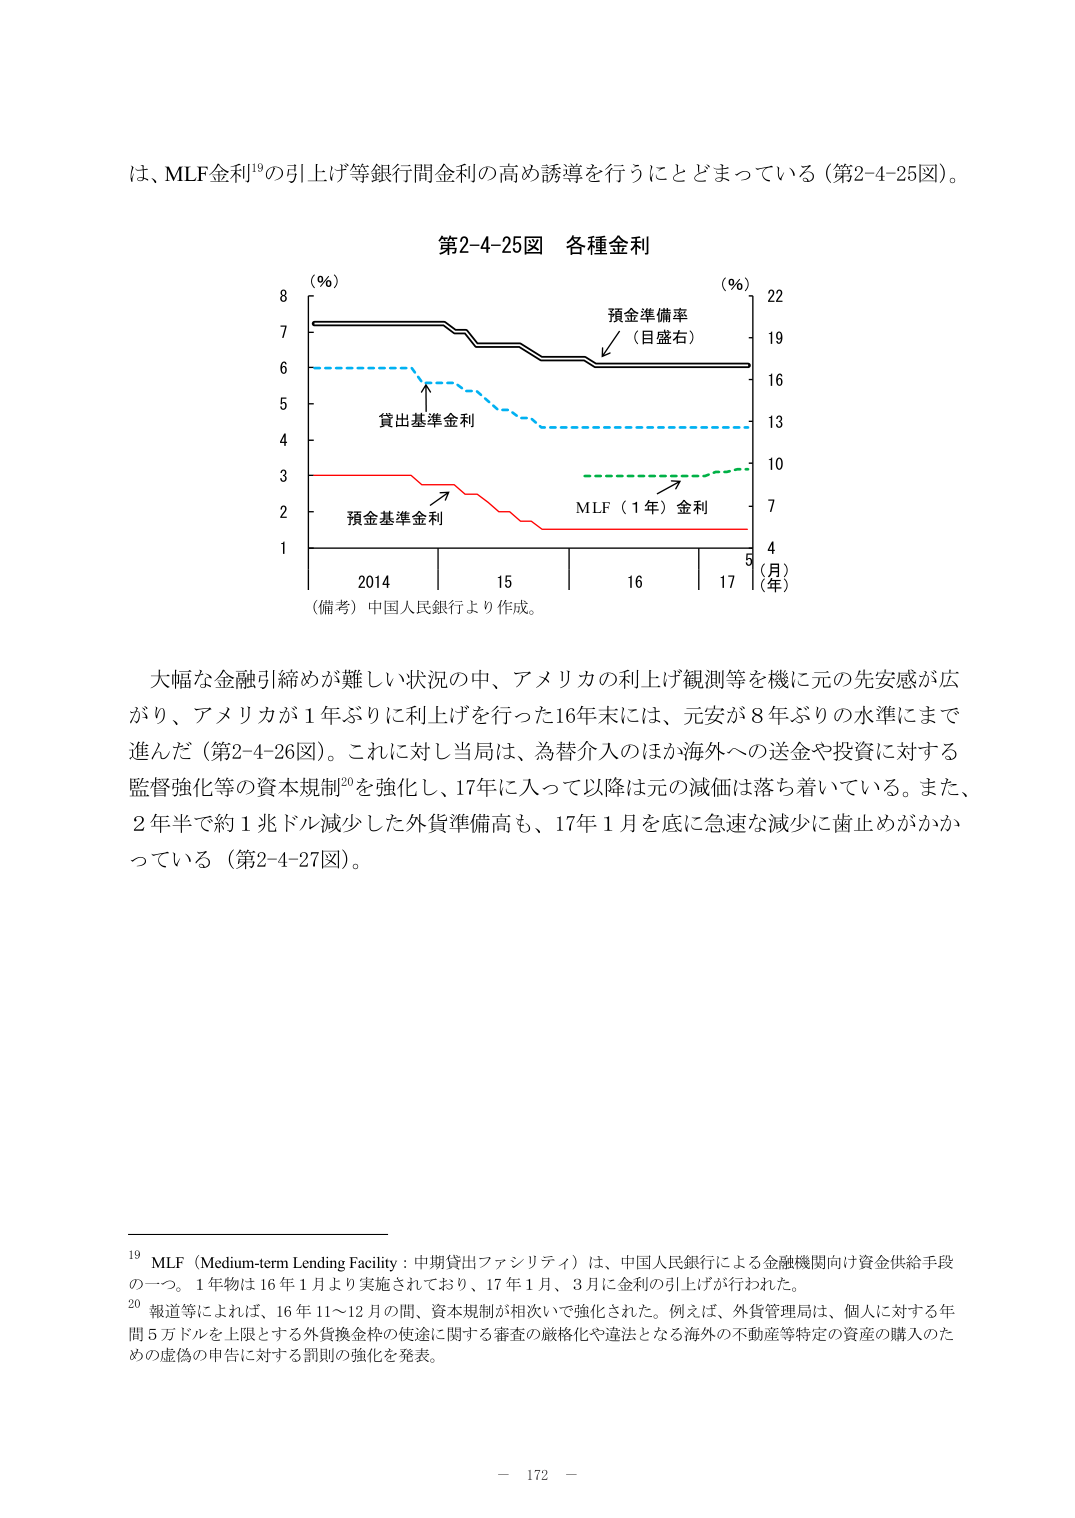
は、MLF金利¹⁹の引上げ等銀行間金利の高め誘導を行うにとどまっている（第2-4-25図）。

第2-4-25図 各種金利

（％）　　　　　　　　　　　　　　　　　　　　　　（％）
8　　　　　　　　　　　　　　　　　　　　　　　　22
　　　　　　　　　　　　　　　　　　　　　　　　19
　　　　　　　　　　　　　　　　　　　　　　　　16
　　　　　　　　　　　　　　　　　　　　　　　　13
　　　　　　　　　　　　　　　　　　　　　　　　10
　　　　　　　　　　　　　　　　　　　　　　　　7
　　　　　　　　　　　　　　　　　　　　　　　　4
7　　　　　　　　　　　　　　　　　　　　　　　　（月）
6　　　　　　　　　　　　　　　　　　　　　　　　（年）
5　　　　　　　　　　　　　　　　　　　　　　　　5
4　　　　　　　　　　　　　　　　　　　　　　　　17
3　　　　　　　　　　　　　　　　　　　　　　　　16
2　　　　　　　　　　　　　　　　　　　　　　　　15
1　　　　　　　　　　　　　　　　　　　　　　　　2014

　　　　　　　　　　　　　　　　　　　　　　　　（備考）中国人民銀行より作成。

預金準備率
（目盛右）

貸出基準金利

預金基準金利

MLF（1年）金利

大幅な金融引締めが難しい状況の中、アメリカの利上げ観測等を機に元の先安感が広がり、アメリカが1年ぶりに利上げを行った16年末には、元安が8年ぶりの水準にまで進んだ（第2-4-26図）。これに対し当局は、為替介入のほか海外への送金や投資に対する監督強化等の資本規制²⁰を強化し、17年に入って以降は元の減価は落ち着いている。また、2年半で約1兆ドル減少した外貨準備高も、17年1月を底に急速な減少に歯止めがかかっている（第2-4-27図）。

¹⁹ MLF（Medium-term Lending Facility：中期貸出ファシリティ）は、中国人民銀行による金融機関向け資金供給手段の一つ。1年物は16年1月より実施されており、17年1月、3月に金利の引上げが行われた。
²⁰ 報道等によれば、16年11～12月の間、資本規制が相次いで強化された。例えば、外貨管理局は、個人に対する年間5万ドルを上限とする外貨換金枠の使途に関する審査の厳格化や違法となる海外の不動産等特定の資産の購入のための虚偽の申告に対する罰則の強化を発表。

－ 172 －